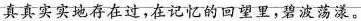
真真实实地存在过，在记忆的回望里，碧波荡漾。